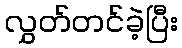
လွှတ်တင်ခဲ့ပြီး